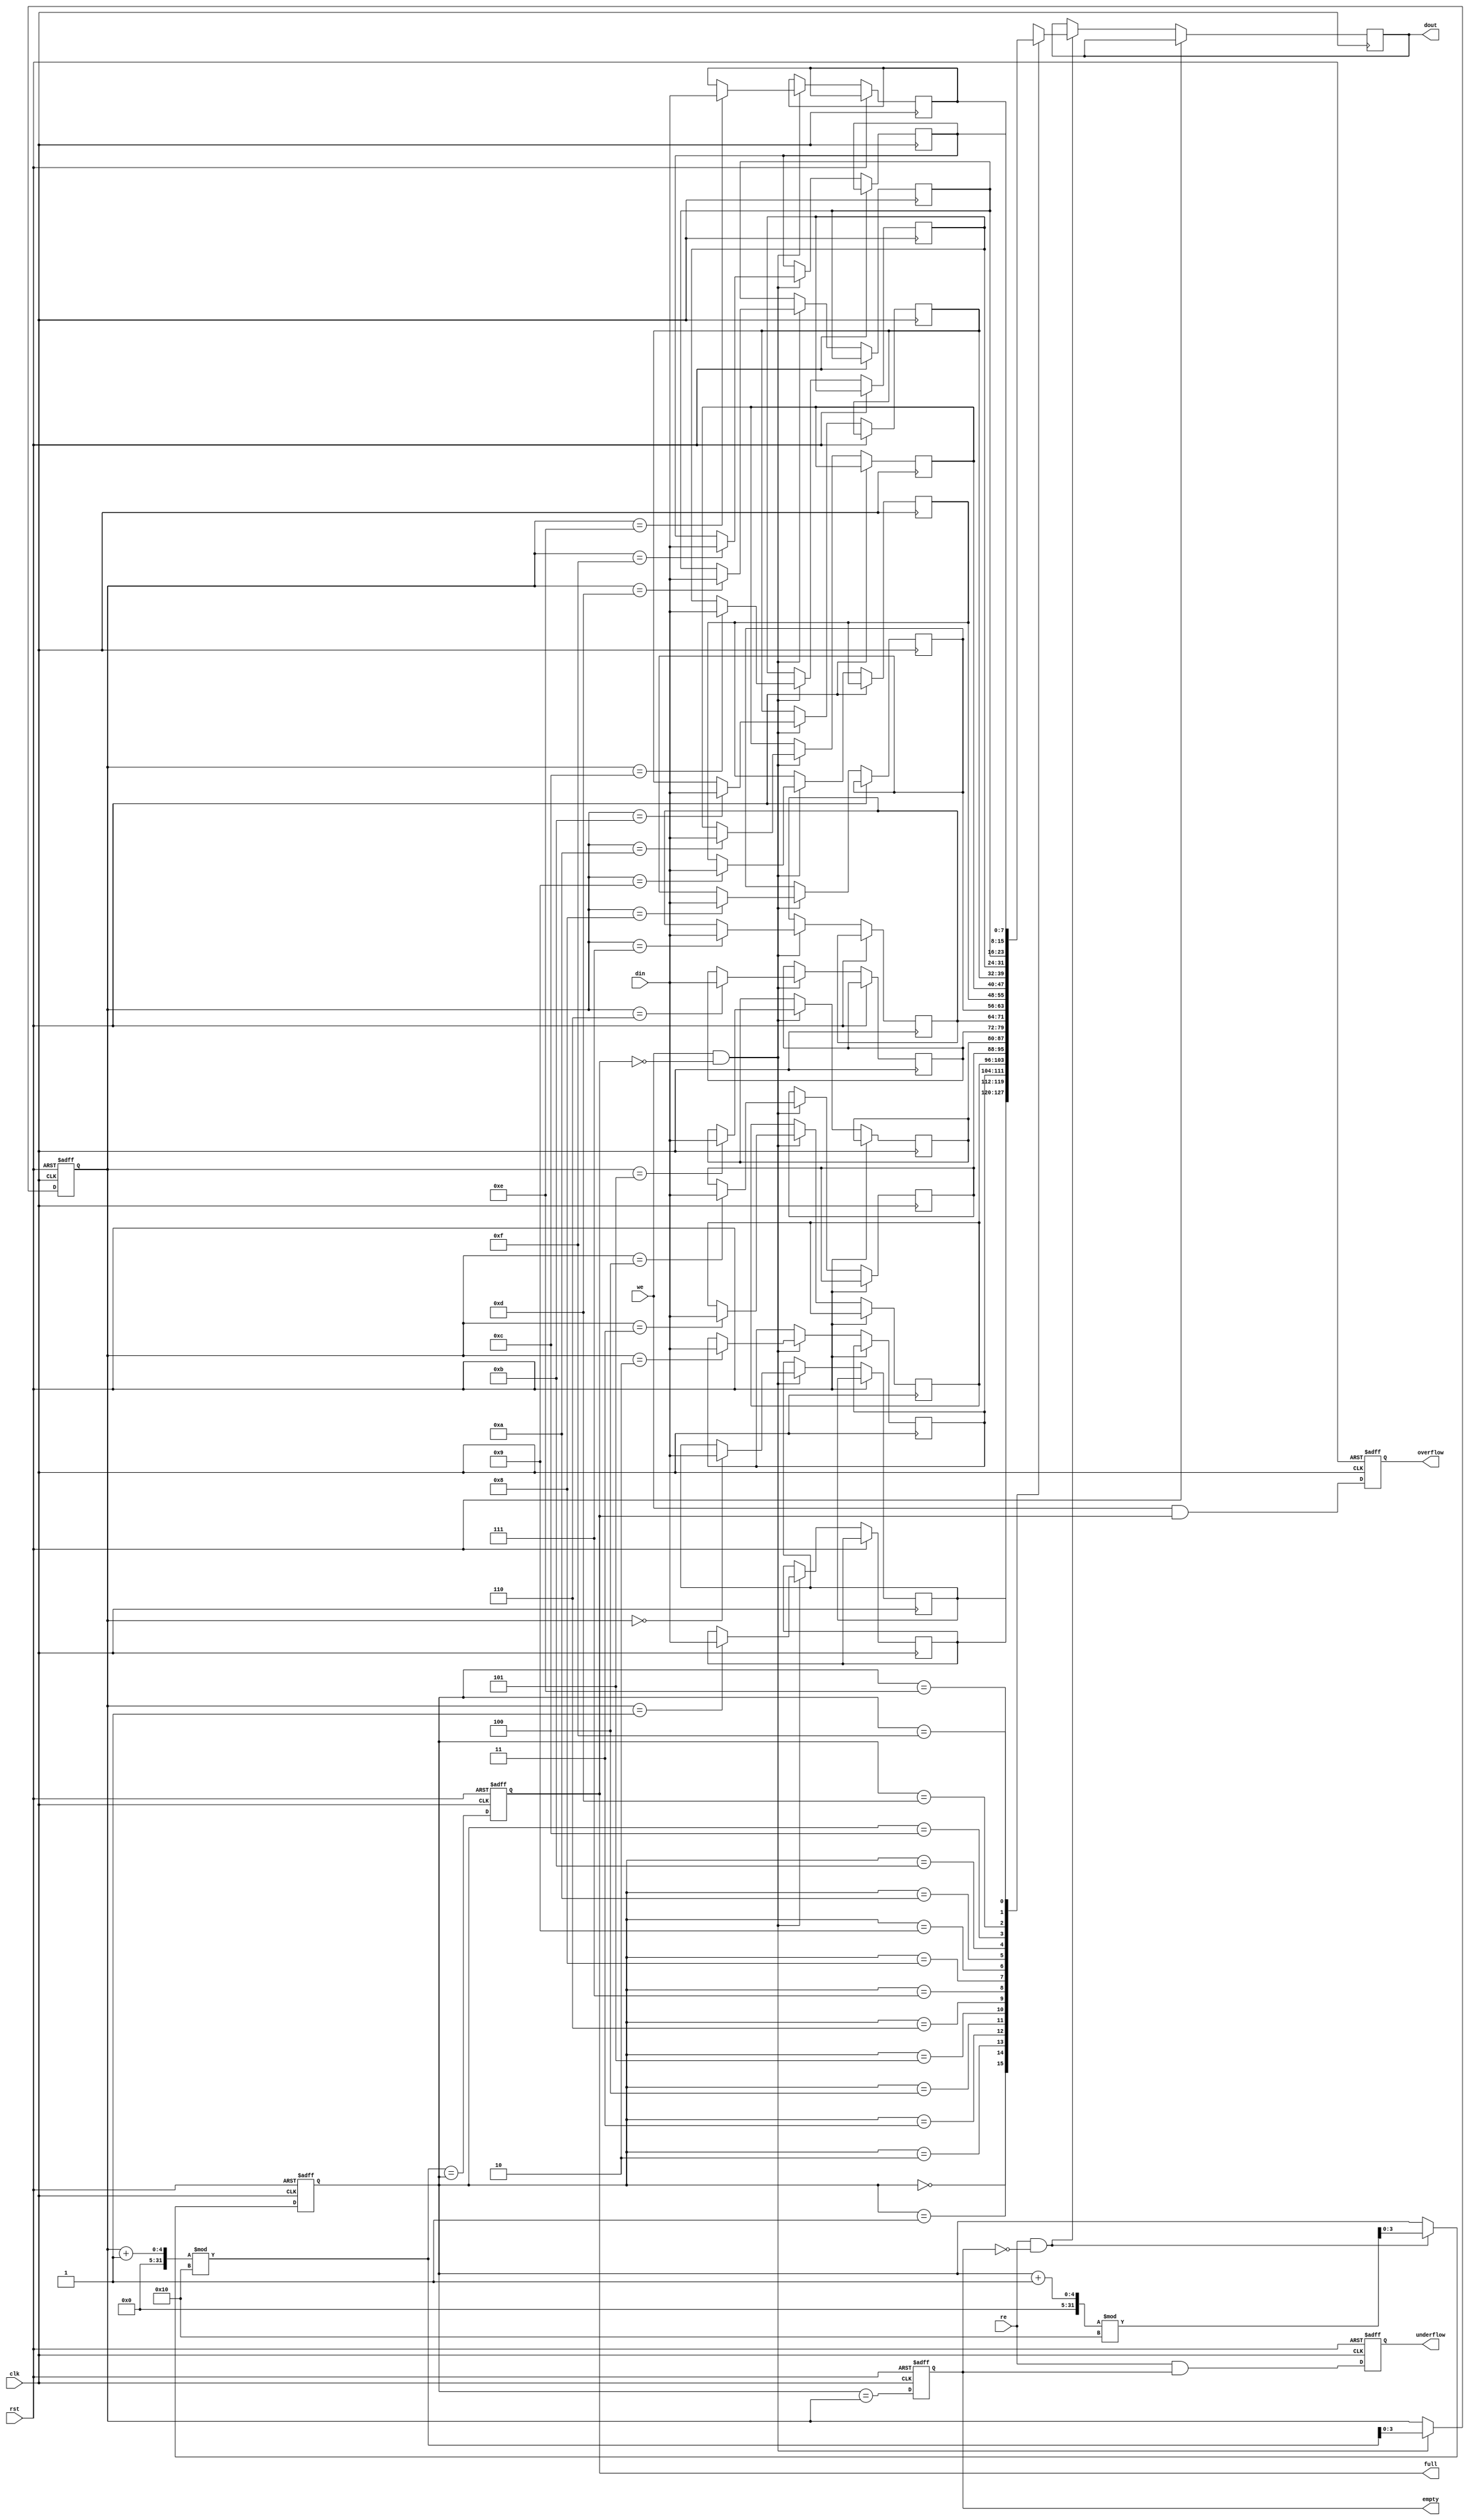
module fifo_sram #(
    parameter DATA_WIDTH = 8,  // Width of data in bits
    parameter DEPTH = 16        // Number of entries in FIFO
)(
    input wire clk,             // Clock signal
    input wire rst,             // Asynchronous reset
    input wire we,              // Write enable
    input wire re,              // Read enable
    input wire [DATA_WIDTH-1:0] din, // Data input
    output reg [DATA_WIDTH-1:0] dout, // Data output
    output reg full,            // FIFO full indicator
    output reg empty,           // FIFO empty indicator
    output reg overflow,        // Overflow condition flag
    output reg underflow        // Underflow condition flag
);

    // FIFO memory array
    reg [DATA_WIDTH-1:0] fifo_mem [0:DEPTH-1];

    // Pointer declarations
    reg [clog2(DEPTH)-1:0] head;  // Read pointer
    reg [clog2(DEPTH)-1:0] tail;  // Write pointer

    // Function to calculate log base 2
    function integer clog2;
        input integer value;
        begin
            value = value - 1;
            for (clog2 = 0; value > 0; clog2 = clog2 + 1)
                value = value >> 1;
        end
    endfunction

    // Synchronous reset and operations
    always @(posedge clk or posedge rst) begin
        if (rst) begin
            head <= 0;
            tail <= 0;
            full <= 0;
            empty <= 1;
            overflow <= 0;
            underflow <= 0;
        end else begin
            // Write operation
            if (we && !full) begin
                fifo_mem[tail] <= din;  // Write data
                tail <= (tail + 1) % DEPTH; // Increment tail
            end

            // Read operation
            if (re && !empty) begin
                dout <= fifo_mem[head];  // Read data
                head <= (head + 1) % DEPTH; // Increment head
            end

            // Update full and empty flags
            full <= (tail + 1) % DEPTH == head;
            empty <= head == tail;

            // Overflow and underflow conditions
            overflow <= we && full;
            underflow <= re && empty;
        end
    end

endmodule